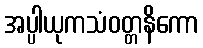
အပ္ပါယုကသံဝတ္တနိကော